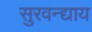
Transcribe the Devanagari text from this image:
सुरवन्द्याय